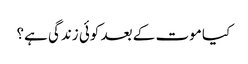
﻿ کیا موت کے بعد کوئی زندگی ہے؟